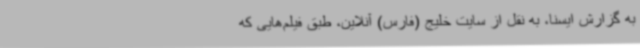
به گزارش ایسنا، به نقل از سایت خلیج (فارس) آنلاین، طبق فیلم‌هایی که